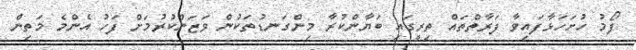
ފޯމު ހުށަހަޅާފައިވާ ފަރާތްތައް ތިރީގައި ބަޔާންކުރާ މިންގަނޑުތަކުން ވަޒަންކުރުމަށް ފަހު އެންމެ މަތިން